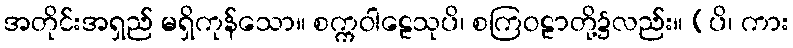
အတိုင်းအရှည် မရှိကုန်သော။ စက္ကဝါဠေသုပိ၊ စကြဝဠာတို့၌လည်း။ (ပိ၊ ကား